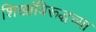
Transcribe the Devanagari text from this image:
शिखांविरूद्धच्या